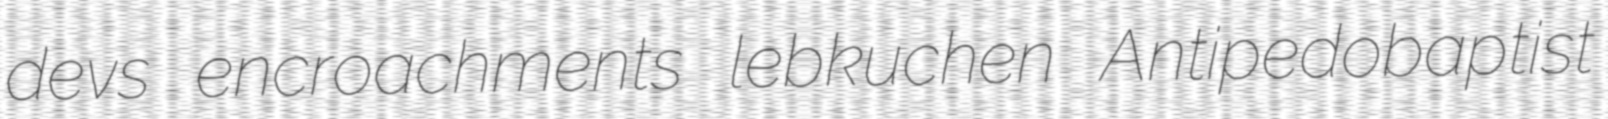
devs encroachments lebkuchen Antipedobaptist